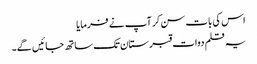
اس کی بات سن کر آپ نے فرمایا
یہ قلم دوات قبرستان تک ساتھ جائیں گے۔